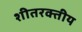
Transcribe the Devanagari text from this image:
शीतरक्तीय